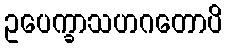
ဥပေက္ခာသဟဂတောပိ